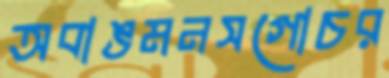
অবাঙমনসগোচর